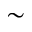
\sim